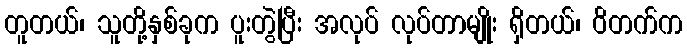
တူတယ်၊ သူတို့နှစ်ခုက ပူးတွဲပြီး အလုပ် လုပ်တာမျိုး ရှိတယ်၊ ဝိတက်က